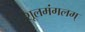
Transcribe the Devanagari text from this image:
शूलमंगलम्‌